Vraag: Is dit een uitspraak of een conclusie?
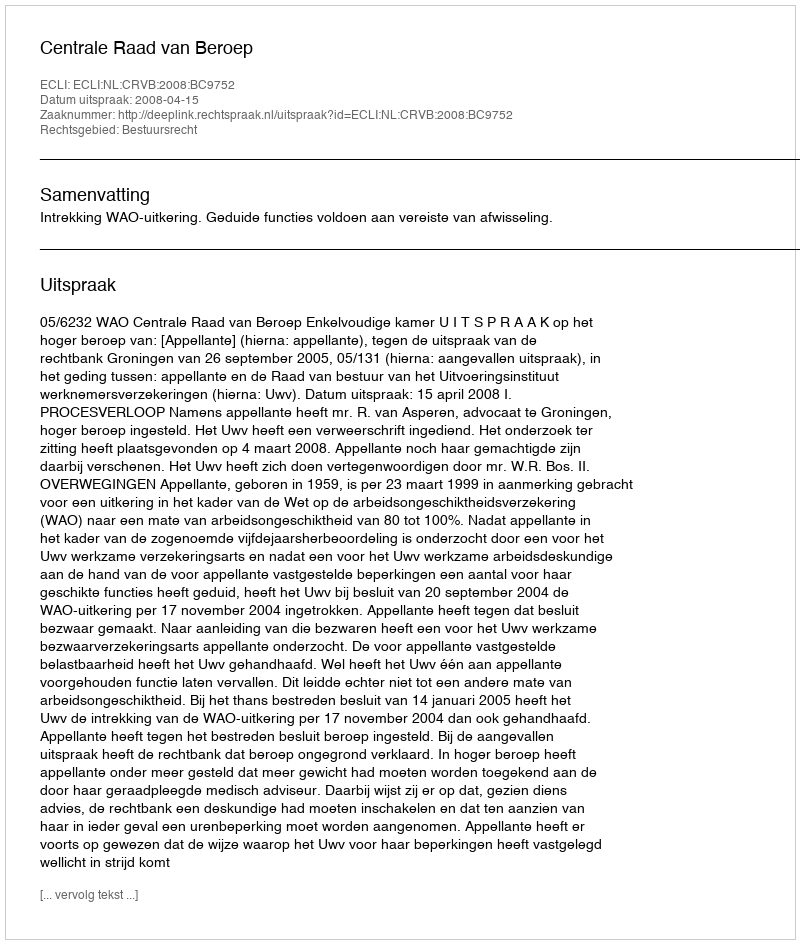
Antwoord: Uitspraak